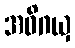
အဓိဂယှ